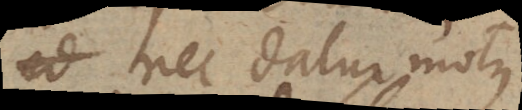
ad et datur motus